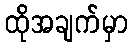
ထိုအချက်မှာ